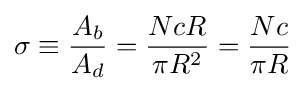
\sigma \equiv {\frac {A_{b}}{A_{d}}}={\frac {NcR}{\pi R^{2}}}={\frac {Nc}{\pi R}}